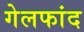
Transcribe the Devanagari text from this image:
गेलफांद